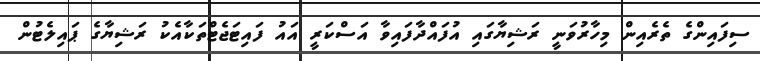
ސިފައިންގެ ތެރެއިން މިހާރުވަނީ ރަޝިޔާގައި އުފައްދާފައިވާ އަސްކަރީ އައު ފައިޓަޖެޓްތަކާއެކު ރަޝިޔާގެ ޕައިލެޓުން